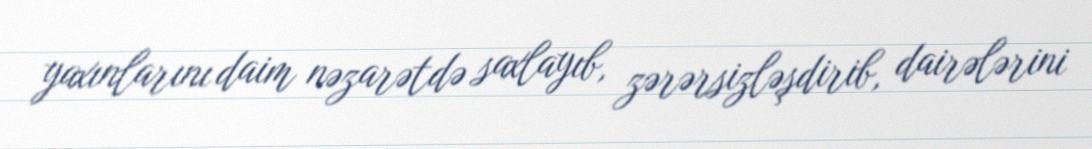
yaxınlarını daim nəzarətdə saxlayıb, zərərsizləşdirib, dairələrini